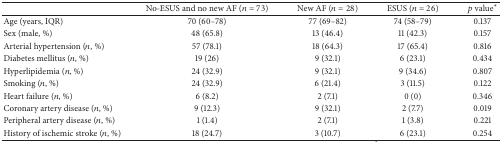
|  | No-ESUS and no new AF (n = 73) | New AF (n = 28) | ESUS (n = 26) | p value∗ |
 | --- | --- | --- | --- | --- |
 | Age (years, IQR) | 70 (60–78) | 77 (69–82) | 74 (58–79) | 0.137 |
 | Sex (male, %) | 48 (65.8) | 13 (46.4) | 11 (42.3) | 0.157 |
 | Arterial hypertension (n, %) | 57 (78.1) | 18 (64.3) | 17 (65.4) | 0.816 |
 | Diabetes mellitus (n, %) | 19 (26) | 9 (32.1) | 6 (23.1) | 0.434 |
 | Hyperlipidemia (n, %) | 24 (32.9) | 9 (32.1) | 9 (34.6) | 0.807 |
 | Smoking (n, %) | 24 (32.9) | 6 (21.4) | 3 (11.5) | 0.122 |
 | Heart failure (n, %) | 6 (8.2) | 2 (7.1) | 0 (0) | 0.346 |
 | Coronary artery disease (n, %) | 9 (12.3) | 9 (32.1) | 2 (7.7) | 0.019 |
 | Peripheral artery disease (n, %) | 1 (1.4) | 2 (7.1) | 1 (3.8) | 0.221 |
 | History of ischemic stroke (n, %) | 18 (24.7) | 3 (10.7) | 6 (23.1) | 0.254 |